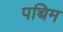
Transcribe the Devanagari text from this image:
पच्चिम